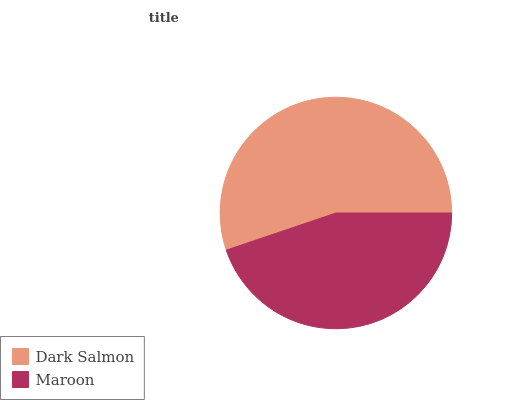
| Dark Salmon | Maroon |
 | --- | --- |
 | 55.2% | 44.8% |